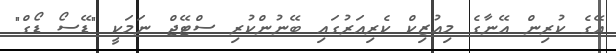
އޭގެ ކުރިން އޭނާގެ މިއުޒިކް ކެރިއަރުގައި ބޭނުންކުރި ސްޓޭޖް ނަމަކީ "ޑޭސޯ ޑޯގް"